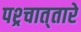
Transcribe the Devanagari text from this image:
पश्र्चात्‌तारे